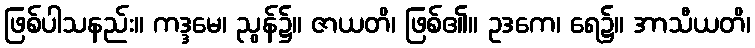
ဖြစ်ပါသနည်း။ ကဒ္ဒမေ၊ ညွန်၌။ ဇာယတိ၊ ဖြစ်၏။ ဥဒကေ၊ ရေ၌။ အာသီယတိ၊